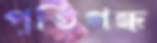
পূতিগন্ধ